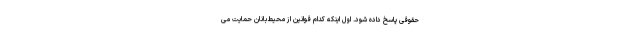
حقوقی پاسخ داده شود. اول اینکه کدام قوانین از محیط‌بانان حمایت می